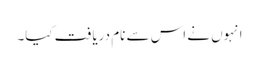
انہوں نے اس سے نام دریافت کیا۔